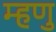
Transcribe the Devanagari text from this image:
म्हणु